Problem: 33 - 24 = ?
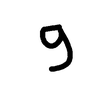
Handwritten answer: 9